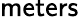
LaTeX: \textsf{meters}